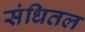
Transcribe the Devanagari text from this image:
संधितल